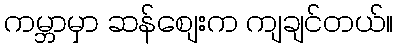
ကမ္ဘာမှာ ဆန်စျေးက ကျချင်တယ်။